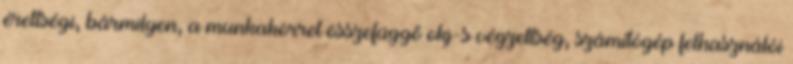
érettségi, bármilyen, a munkakörrel összefüggő okj-s végzettség, számítógép felhasználói